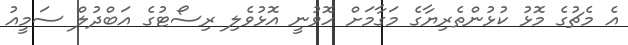
އެ މެޗުގެ މޮޅު ކުޅުންތެރިޔާގެ މަގާމަށް ހޮވުނީ އޮޅުވެލި ރިސޯޓުގެ އަބްދުލް ސަމީއު